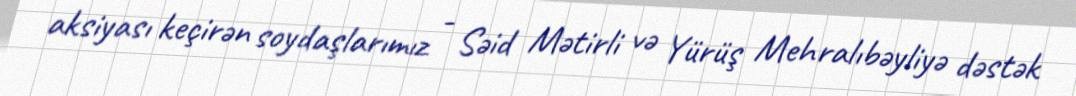
aksiyası keçirən soydaşlarımız - Səid Mətirli və Yürüş Mehralıbəyliyə dəstək